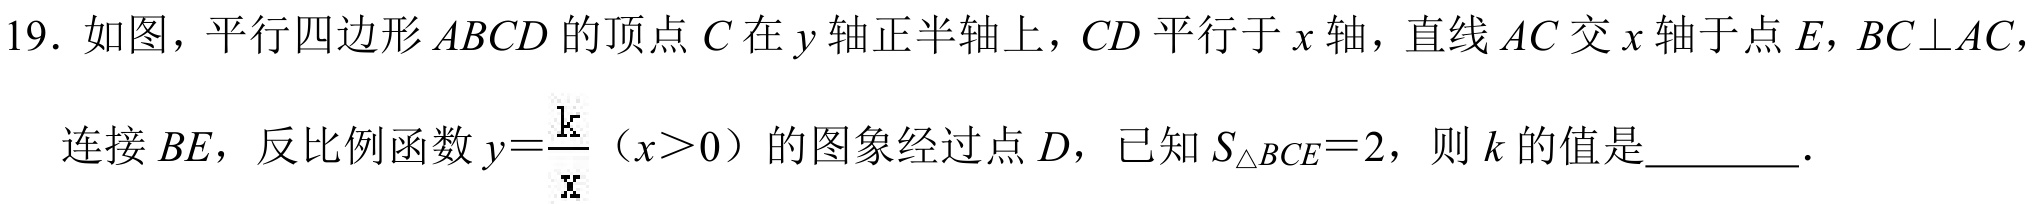
19. 如图，平行四边形 \(ABCD\) 的顶点 \(C\) 在 \(y\) 轴正半轴上，\(CD\) 平行于 \(x\) 轴，直线 \(AC\) 交 \(x\) 轴于点 \(E\)，\(BC\perp AC\)，连接 \(BE\)，反比例函数 \(y = \frac{k}{x}\)（\(x>0\)）的图象经过点 \(D\)，已知 \(S_{\triangle BCE}=2\)，则 \(k\) 的值是  ．